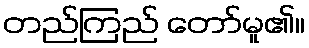
တည်ကြည် တော်မူ၏။